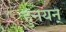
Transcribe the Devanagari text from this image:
हुनयन्